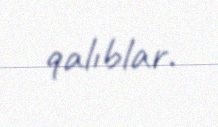
qalıblar.